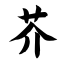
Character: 芥